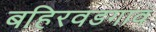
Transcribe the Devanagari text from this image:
बहिरवडगाव